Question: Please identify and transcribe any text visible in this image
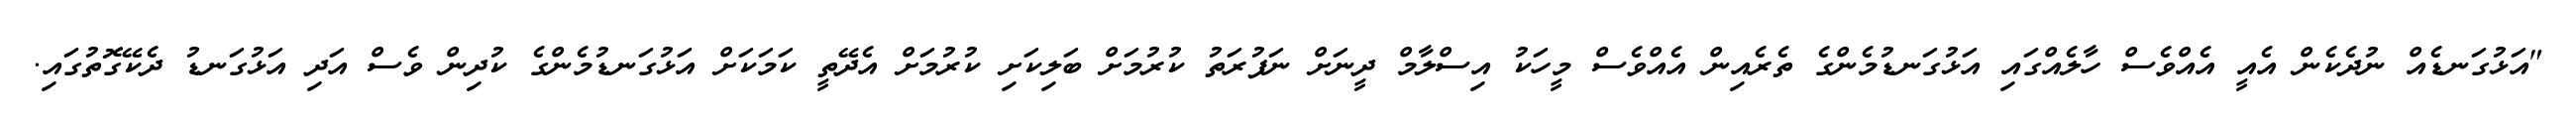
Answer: "އަޅުގަނޑެއް ނުދެކެން އެއީ އެއްވެސް ހާލެއްގައި އަޅުގަނޑުމެންގެ ތެރެއިން އެއްވެސް މީހަކު އިސްލާމް ދީނަށް ނަފުރަތު ކުރުމަށް ބަލިކަށި ކުރުމަށް އެދޭތީ ކަމަކަށް އަޅުގަނޑުމެންގެ ކުދިން ވެސް އަދި އަޅުގަނޑު ދެކޭގޮތުގައި.